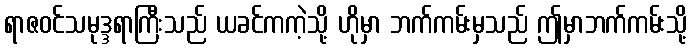
ရာဇဝင်သမုဒ္ဒရာကြီးသည် ယခင်ကကဲ့သို့ ဟိုမှာ ဘက်ကမ်းမှသည် ဤမှာဘက်ကမ်းသို့